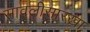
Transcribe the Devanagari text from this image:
सावलीसारखा